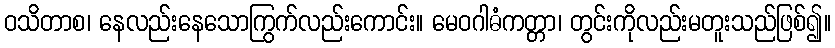
ဝသိတာစ၊ နေလည်းနေသောကြွက်လည်းကောင်း။ မေဝဂါဓံကတ္တာ၊ တွင်းကိုလည်းမတူးသည်ဖြစ်၍။